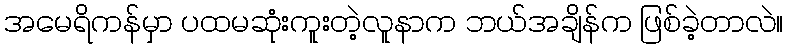
အမေရိကန်မှာ ပထမဆုံးကူးတဲ့လူနာက ဘယ်အချိန်က ဖြစ်ခဲ့တာလဲ။